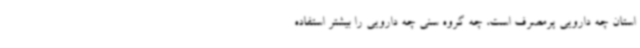
استان چه دارویی پرمصرف است، چه گروه سنی چه دارویی را بیشتر استفاده